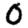
Digit: 0